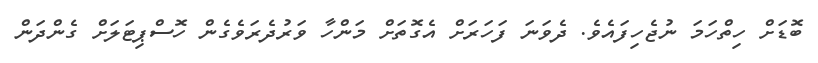
ބޮޑަށް ހިތްހަމަ ނުޖެހިފައެވެ. ދެވަނަ ފަހަރަށް އެގޮތަށް މަންހާ ވަރުދެރަވެގެން ހޮސްޕިޓަލަށް ގެންދަން